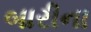
બારીના